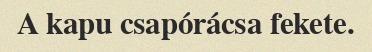
A kapu csapórácsa fekete.